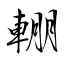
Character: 輣